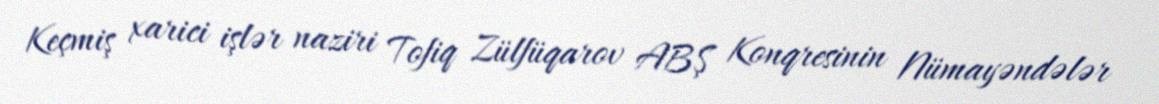
Keçmiş xarici işlər naziri Tofiq Zülfüqarov ABŞ Konqresinin Nümayəndələr